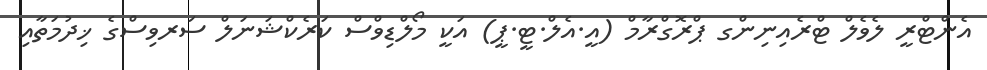
އެންޓްރީ ލެވެލް ޓްރެއިނިންގ ޕްރޮގްރާމް (އީ.އެލް.ޓީ.ޕީ) އަކީ މޯލްޑިވްސް ކަރެކްޝަނަލް ސަރވިސްގެ ޚިދުމަތާއި